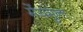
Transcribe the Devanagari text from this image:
मेंयमुना